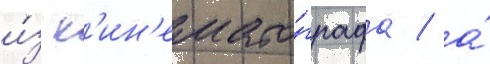
и́з к'ин'емато́графа / а́